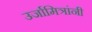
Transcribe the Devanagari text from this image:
उर्जामित्रांनी